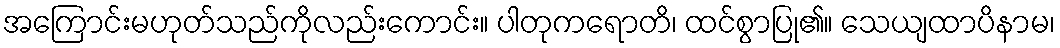
အကြောင်းမဟုတ်သည်ကိုလည်းကောင်း။ ပါတုကရောတိ၊ ထင်စွာပြု၏။ သေယျထာပိနာမ၊